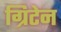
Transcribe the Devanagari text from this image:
ग्रिटेन